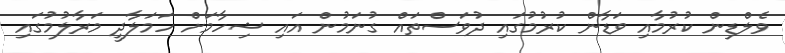
ވެލްޑިން ކުރުމާއި ވަޑާން ކުރުމުގައި ދުވަސްތައް ގުނަމުން އައި ޝިހާމަށް ހަމަލާދީ މަރާލުމުގައި